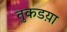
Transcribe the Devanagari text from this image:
तुकडय़ा